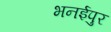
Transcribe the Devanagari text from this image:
भनईपुर